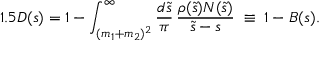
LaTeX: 1 . 5 D ( s ) = 1 - \int _ { ( m _ { 1 } + m _ { 2 } ) ^ { 2 } } ^ { \infty } \frac { d \tilde { s } } { \pi } \, \frac { \rho ( \tilde { s } ) N ( \tilde { s } ) } { \tilde { s } - s } \; \equiv \; 1 - B ( s ) .